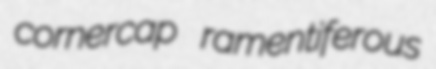
cornercap ramentiferous